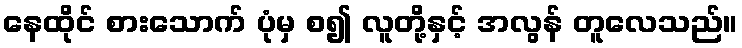
နေထိုင် စားသောက် ပုံမှ စ၍ လူတို့နှင့် အလွန် တူလေသည်။